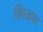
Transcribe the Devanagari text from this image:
शिखन